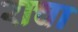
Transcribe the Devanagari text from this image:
राचा